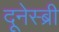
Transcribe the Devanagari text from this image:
दूनेस्ब्री